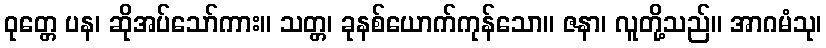
ဝုတ္တေ ပန၊ ဆိုအပ်သော်ကား။ သတ္တ၊ ခုနစ်ယောက်ကုန်သော။ ဇနာ၊ လူတို့သည်။ အာဂမံသု၊